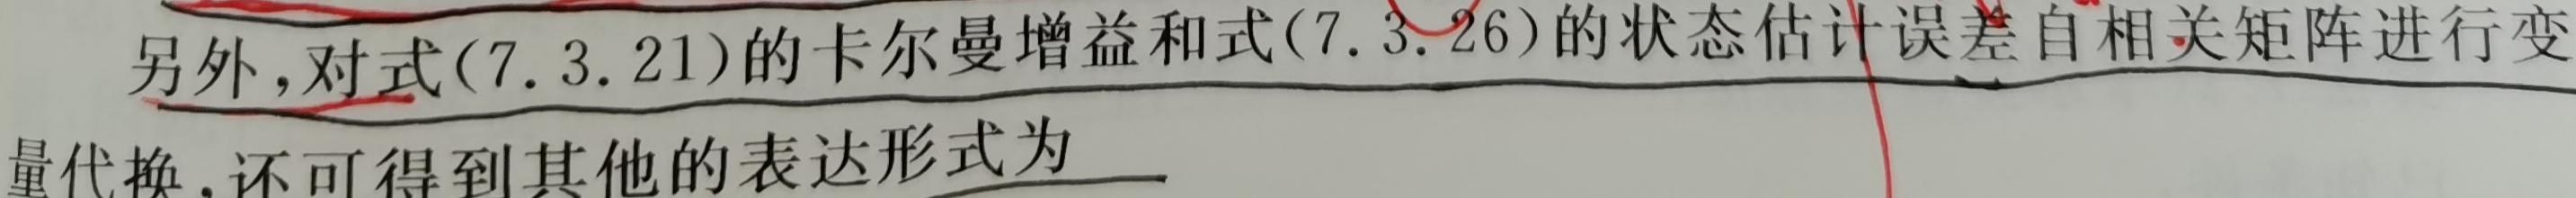
另外,对式(7.3.21)的卡尔曼增益和式(7.3.26)的状态估计误差自相关矩阵进行变量代换,还可得到其他的表达形式为